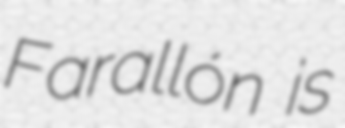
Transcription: Farallón is